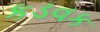
કડવક